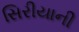
સિરીયાની